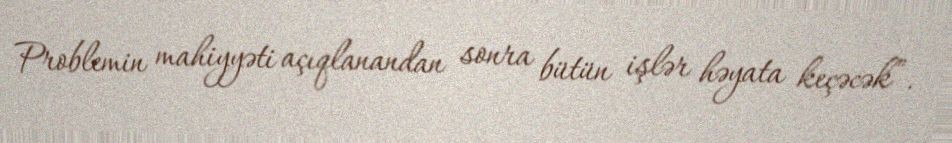
Problemin mahiyyəti açıqlanandan sonra bütün işlər həyata keçəcək”.